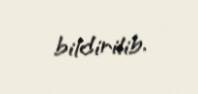
bildirilib.